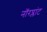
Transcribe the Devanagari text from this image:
नॉरप्लांट